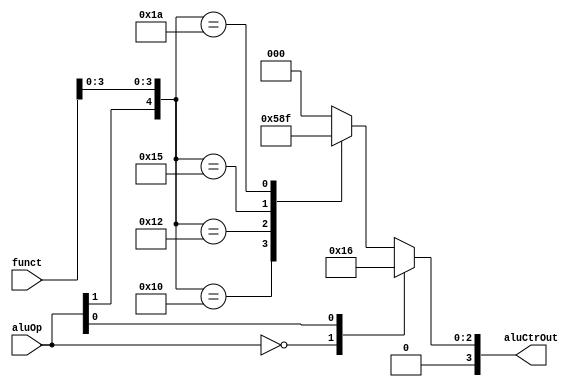
`timescale 1ns / 1ps
//////////////////////////////////////////////////////////////////////////////////
// Company: 
// Engineer: 
// 
// Design Name: 
// Module Name: ALUCtr
// Project Name: 
// Target Devices: 
// Tool Versions: 
// Description: 
// 
// Dependencies: 
// 
// Revision:
// Revision 0.01 - File Created
// Additional Comments:
// 
//////////////////////////////////////////////////////////////////////////////////


module ALUCtr(
    input [5:0] funct,
    input [1:0] aluOp,
    output reg [3:0] aluCtrOut
    );

    always @(aluOp or funct) begin
        casex ({aluOp, funct})
        8'b00xxxxxx: aluCtrOut = 4'b0010;
        8'bx1xxxxxx: aluCtrOut = 4'b0110;
        8'b1xxx0000: aluCtrOut = 4'b0010;
        8'b1xxx0010: aluCtrOut = 4'b0110;
        8'b1xxx0100: aluCtrOut = 4'b0000;
        8'b1xxx0101: aluCtrOut = 4'b0001;
        8'b1xxx1010: aluCtrOut = 4'b0111;
        default: aluCtrOut = 4'b0;
        endcase
    end

endmodule